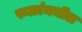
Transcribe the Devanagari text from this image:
रूळांमधील